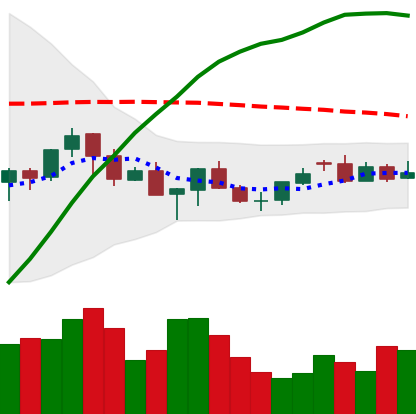
Ticker: XMR-USD
Chart end date: 2021-06-19
Forward return: -16.802%
Label: down_7plus